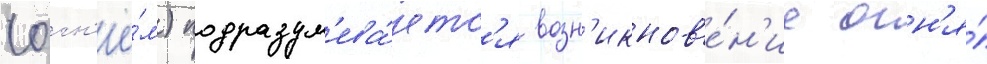
(огн'ё́м) подразум'ева́етс'я возн'икнов'е́н'ие огн'я́